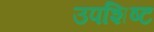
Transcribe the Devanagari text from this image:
उपशिष्ट